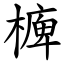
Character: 㯅